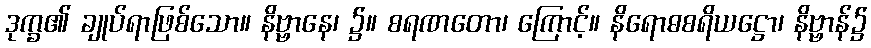
ဒုက္ခ၏ ချုပ်ရာဖြစ်သော။ နိဗ္ဗာနေ၊ ၌။ စရဏတော၊ ကြောင့်။ နိရောဓစရိယဋ္ဌော၊ နိဗ္ဗာန်၌